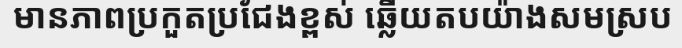
មានភាពប្រកួតប្រជែងខ្ពស់ ឆ្លើយតបយ៉ាងសមស្រប